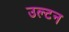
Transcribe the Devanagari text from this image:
उल्टन